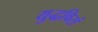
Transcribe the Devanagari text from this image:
युद्धविरां